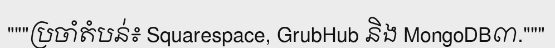
"""ប្រចាំតំបន់៖ Squarespace, GrubHub និង MongoDB៣."""